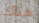
هناك